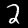
Digit: 2